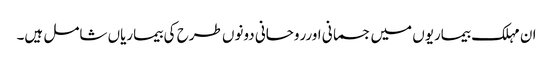
ان مہلک بیماریوں میں جسمانی اورروحانی دونوں طرح کی بیماریاں شامل ہیں۔